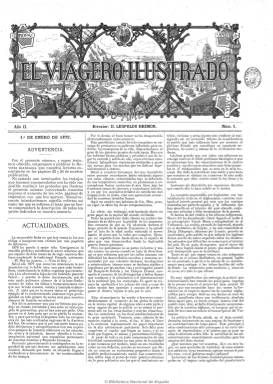
Título: El Viagero ilustrado hispano-americano
Otros títulos: El Viagero ilustrado hispano americano || El Viagero ilustrado hispano americano || El Viajero ilustrado hispano americano || El Viajero ilustrado hispano americano || El Viajero ilustrado
Colección: Revistas turísticas y de viajes
Ámbito geográfico: Barcelona
Lugar de publicación: Barcelona
Fechas: 01/01/1879-30/12/1880

Publicó su primera entrega el 15 de septiembre de 1878. Dirigida, por Leopoldo Bremón, fue estampada en la barcelonesa Imprenta de Luis Tarso, entonces regentada por su hijo. La colección de la Biblioteca Nacional de España comienza en enero de 1879, cuando su frecuencia de aparición comienza a ser mensual. Al ser consagrada “principalmente a tratar con la profundidad y la extensión debidas de los viajes de exploración y sus resultados, descubrimientos e invenciones”, fue considerada por su editor como la “primera y única ilustración periódica de este género” en España”, al estar fundada asimismo y “principalmente en pro de la ciencia geográfica” y sus auxiliares. Por tanto, se trata de una revista dedicada especialmente a descripciones de viajes, exploraciones, descubrimientos, invenciones y adelantos de regiones remotas del mundo, países y ciudades europeas, pero también españolas, dando cuenta de sus vías de comunicación, de su historia y su entonces vida actual, de sus usos y costumbres.

Sus entregas serán, por lo general, de dieciséis páginas, impresas en buen papel y compuestas a tres columnas, dando cabida en ocho de ellas (a veces también en la primera plana) a una decena de grabados (principalmente extranjeros, pero también españoles), entre panorámicas y vistas de lugares, monumentos, edificios y otras construcciones, tipos y escenas pintorescas, así como retratos de personajes y de viajeros célebres, describiéndolos en su sección Nuestros grabados, pero sin ofrecer datos sobre su procedencia o autoría.

Comienza cada entrega con la sección Actualidades, especie de crónica en la que el citado Bremón, y después Luciano García del Real, da un repaso a acontecimientos diversos. Tiene también secciones de noticias y amenidades (problemas de ajedrez). Inserta una Guía de líneas de ferrocarriles españoles (precios, estaciones e itinerarios) y otra de líneas de vapores que operan en los principales puertos del mundo, así como anuncios publicitarios de hoteles, fondas, comercios, maquinaria, productos, revistas y otras publicaciones o de servicios profesionales.

Entre los trabajos que publica se encuentran Viaje al centro de África, por Stanley; El Vesubio y sus erupciones, por el doctor Xatart; Una excursión al Niágara, por Vicente de Medina; Descubrimientos geográficos: Juan Sebastián Elcano, por Eduardo Contreras de Diego; La Rusia libre, por M. William Hepwort Dixon; La niña de Glasgow, episodio de un buque de emigrantes, por F.D., o El último diario de Livingstone.

A comienzos de 1879, cada entrega también incluyó –a modo de suplemento– una Revista balnearia medicinal, bajo la dirección del doctor M. Xatart, en cuyas páginas se divulgan textos sobre aguas minero-medicinales y ofrece una Guía balnearia, con las características de los principales y más recomendados establecimientos de este tipo en Europa (Baden-Baden, Marienbad, Spa, etc.). Con el subtítulo “revista universal de viajes”, a partir de 1880, su frecuencia vuelve a ser quincenal, apareciendo los días 15 y 30 de cada mes, proponiéndose también ser eco de las sociedades geográficas europeas.

Tuvo representantes en Madrid y en algunas principales capitales de Europa y de América, difundiéndose también en Filipinas, y aunque sus principales destinatarios fueron personas viajeras y acomodadas, también se propuso ser una revista dirigida a las familias por su carácter de álbum pintoresco y la publicación de episodios costumbristas.

En la foliación del primer número de la colección, correspondiente a su año II, se advierten errores. Su entrega 13, de 15 de enero de 1880, debe considerarse número 1 de su año III. La última de la colección de la BNE es la 24, correspondiente al 30 de diciembre de 1880. También se la conoce con el título: El viajero ilustrado.